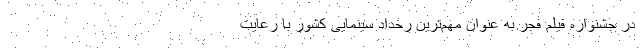
در جشنواره فیلم فجر به عنوان مهم‌ترین رخداد سینمایی کشور با رعایت